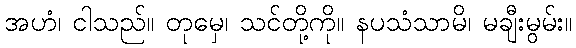
အဟံ၊ ငါသည်။ တုမှေ၊ သင်တို့ကို။ နပသံသာမိ၊ မချီးမွမ်း။